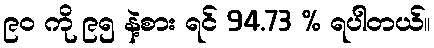
၉၀ ကို ၉၅ နဲ့စား ရင် 94.73 % ရပါတယ်။